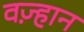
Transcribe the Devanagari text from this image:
वज़्हान